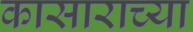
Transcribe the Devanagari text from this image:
कासाराच्या